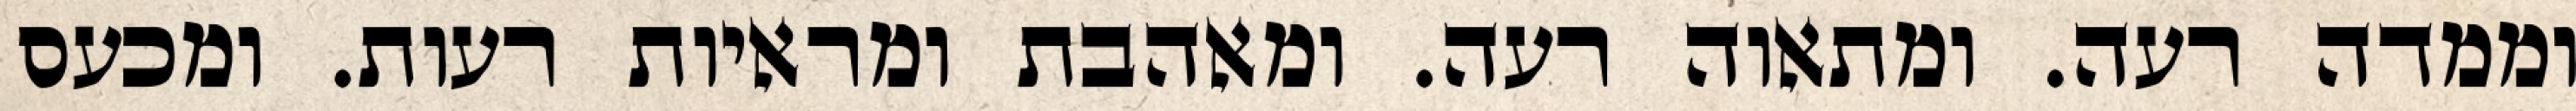
וממדה רעה. ומתאוה רעה. ומאהבת ומראיות רעות. ומכעס